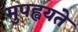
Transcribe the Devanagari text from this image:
मुपह्वयते